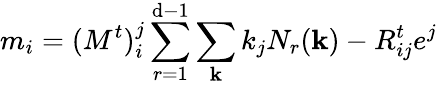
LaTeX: m_{i}=(M^{t})_{i}^{j}\sum_{r=1}^{\mathrm{d}-1}\sum_{\mathbf{k}}k_{j}N_{r}({\mathbf{k}})-R_{ij}^{t}e^{j}